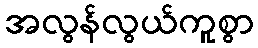
အလွန်လွယ်ကူစွာ